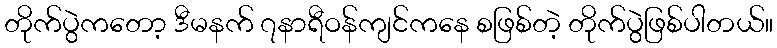
တိုက်ပွဲကတော့ ဒီမနက် ၇နာရီဝန်ကျင်ကနေ စဖြစ်တဲ့ တိုက်ပွဲဖြစ်ပါတယ်။